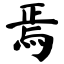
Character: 焉